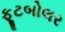
ફૂટબોલર